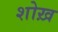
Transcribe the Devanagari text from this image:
शोख़